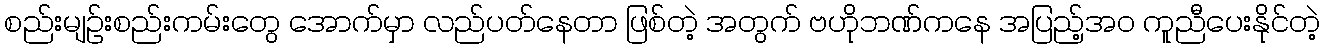
စည်းမျဉ်းစည်းကမ်းတွေ အောက်မှာ လည်ပတ်နေတာ ဖြစ်တဲ့ အတွက် ဗဟိုဘဏ်ကနေ အပြည့်အ၀ ကူညီပေးနိုင်တဲ့